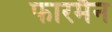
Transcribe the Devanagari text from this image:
फारमैन